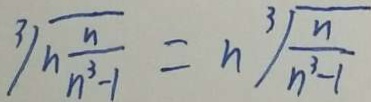
\sqrt [ 3 ] { n \frac { n } { n ^ { 3 } - 1 } } = n \sqrt [ 3 ] { \frac { n } { n ^ { 3 } - 1 } }